Civil Veterinary Dept. Bombay admin report 1932-41 - 1932-1941
Year: 1932
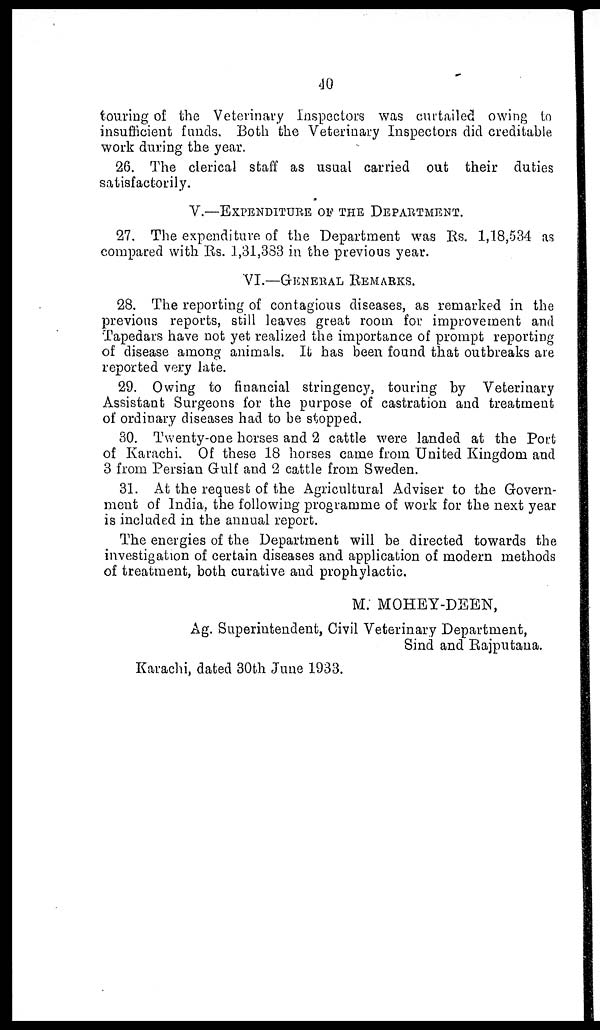
40
touring of the Veterinary Inspectors was curtailed owing to
insufficient funds. Both the Veterinary Inspectors did creditable
work during the year.
26. The clerical staff as usual carried out their duties
satisfactorily.
V.—EXPENDITURE OF THE DEPARTMENT
27. The expenditure of the Department was Rs. 1,18,534 as
compared with Rs. 1,31,383 in the previous year.
VI.—GENERAL
REMARKS.
28. The reporting of contagious diseases, as remarked in the
previous reports, still leaves great room for improvement and
Tapedars have not yet realized the importance of prompt reporting
of disease among animals. It has been found that outbreaks are
reported very late.
29. Owing to financial stringency, touring by Veterinary
Assistant Surgeons for the purpose of castration and treatment
of ordinary diseases had to be stopped.
30. Twenty-one horses and 2 cattle were landed at the Port
of Karachi. Of these 18 horses came from United Kingdom and
3 from Persian Gulf and 2 cattle from Sweden.
31. At the request of the Agricultural Adviser to the Govern-
ment of India, the following programme of work for the next year
is included in the annual report.
The energies of the Department will be directed towards the
investigation of certain diseases and application of modern methods
of treatment, both curative and prophylactic.
M. MOHEY-DEEN,
Ag. Superintendent, Civil Veterinary Department,
Sind and Rajputana.
Karachi, dated 30th June 1933.